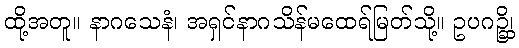
ထို့အတူ။ နာဂသေနံ၊ အရှင်နာဂသိန်မထေရ်မြတ်သို့။ ဥပဂဉ္ဆိ၊